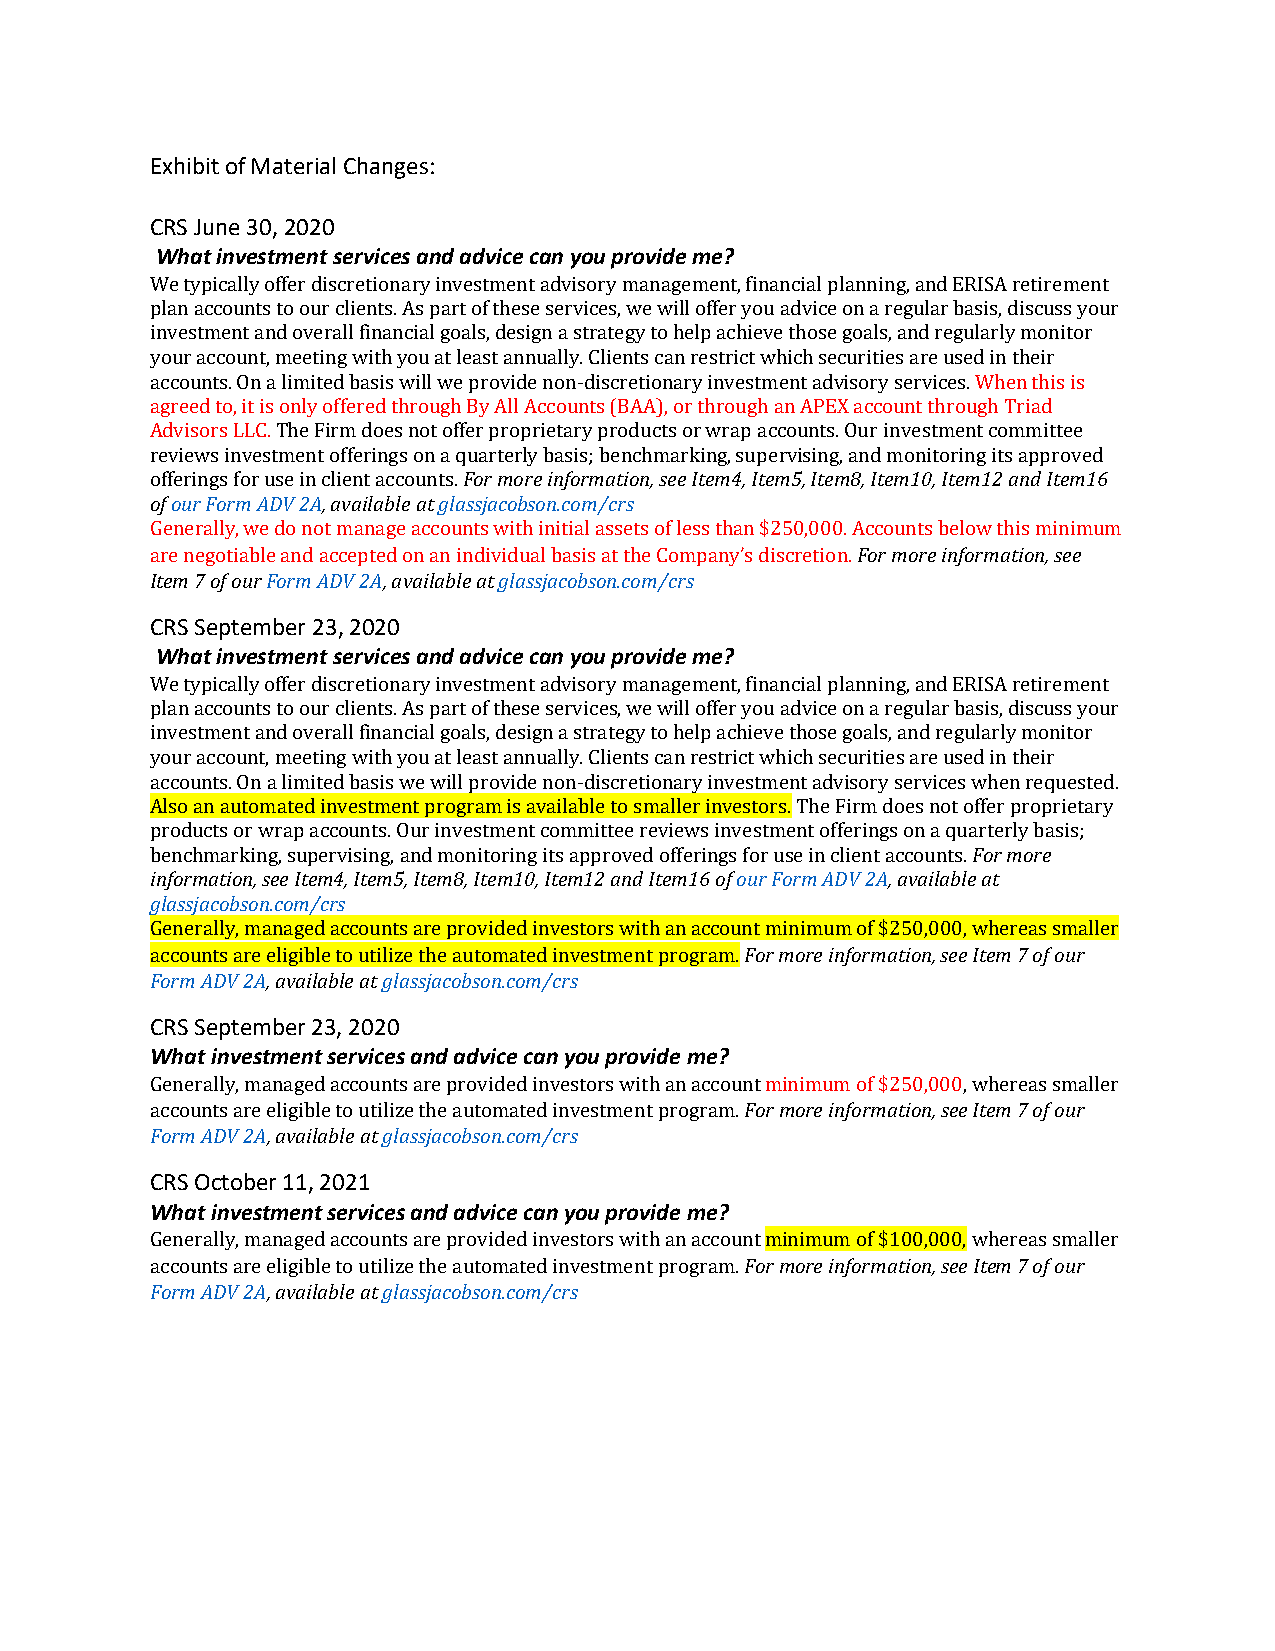
Exhibit of Material Changes:
 CRS June 30, 2020
 What investment services and advice can you provide me?
 We typically offer discretionary investment advisory management, financial planning, and ERISA retirement
 plan accounts to our clients. As part of these services, we will offer you advice on a regular basis, discuss your
 investment and overall financial goals, design a strategy to help achieve those goals, and regularly monitor
 your account, meeting with you at least annually. Clients can restrict which securities are used in their
 accounts. On a limited basis will we provide non-discretionary investment advisory services. When this is
 agreed to, it is only offered through By All Accounts (BAA), or through an APEX account through Triad
 Advisors LLC. The Firm does not offer proprietary products or wrap accounts. Our investment committee
 reviews investment offerings on a quarterly basis; benchmarking, supervising, and monitoring its approved
 offerings for use in client accounts. For more information, see Item4, Item5, Item8, Item10, Item12 and Item16
 of our Form ADV 2A, available at glassjacobson.com/crs
 Generally, we do not manage accounts with initial assets of less than $250,000. Accounts below this minimum
 are negotiable and accepted on an individual basis at the Company’s discretion. For more information, see
 Item 7 of our Form ADV 2A, available at glassjacobson.com/crs
 CRS September 23, 2020
 What investment services and advice can you provide me?
 We typically offer discretionary investment advisory management, financial planning, and ERISA retirement
 plan accounts to our clients. As part of these services, we will offer you advice on a regular basis, discuss your
 investment and overall financial goals, design a strategy to help achieve those goals, and regularly monitor
 your account, meeting with you at least annually. Clients can restrict which securities are used in their
 accounts. On a limited basis we will provide non-discretionary investment advisory services when requested.
 Also an automated investment program is available to smaller investors. The Firm does not offer proprietary
 products or wrap accounts. Our investment committee reviews investment offerings on a quarterly basis;
 benchmarking, supervising, and monitoring its approved offerings for use in client accounts. For more
 information, see Item4, Item5, Item8, Item10, Item12 and Item16 of our Form ADV 2A, available at
 glassjacobson.com/crs
 Generally, managed accounts are provided investors with an account minimum of $250,000, whereas smaller
 accounts are eligible to utilize the automated investment program. For more information, see Item 7 of our
 Form ADV 2A, available at glassjacobson.com/crs
 CRS September 23, 2020
 What investment services and advice can you provide me?
 Generally, managed accounts are provided investors with an account minimum of $250,000, whereas smaller
 accounts are eligible to utilize the automated investment program. For more information, see Item 7 of our
 Form ADV 2A, available at glassjacobson.com/crs
 CRS October 11, 2021
 What investment services and advice can you provide me?
 Generally, managed accounts are provided investors with an account minimum of $100,000, whereas smaller
 accounts are eligible to utilize the automated investment program. For more information, see Item 7 of our
 Form ADV 2A, available at glassjacobson.com/crs